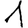
Digit: 1